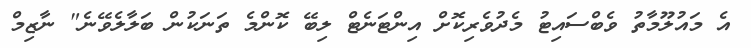
އެ މައުލޫމާތު ވެބްސައިޓު މެދުވެރިކޮށް އިންޓަނެޓް ލިބޭ ކޮންމެ ތަނަކުން ބަލާލެވޭނެ" ނާޒިމް